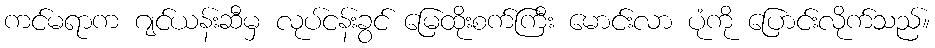
ကင်မရာက ဂျင်ယန်းဆီမှ လုပ်ငန်းခွင် မြေထိုးစက်ကြီး မောင်းလာ ပုံကို ပြောင်းလိုက်သည်။